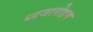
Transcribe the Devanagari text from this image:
ध्‍वजारोहण